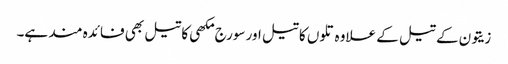
زیتون کے تیل کے علاوہ تلوں کا تیل اور سورج مکھی کا تیل بھی فائدہ مند ہے۔